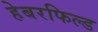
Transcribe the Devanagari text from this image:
हेबरफिल्ड